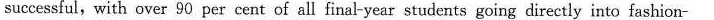
successful, with over 90 per cent of all final-year students going directly into fashion-